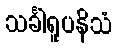
သင်္ခါရူပနိသံ